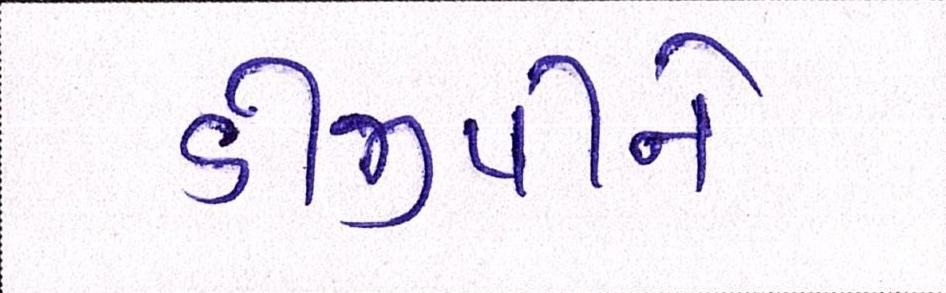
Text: ડીજીપીને